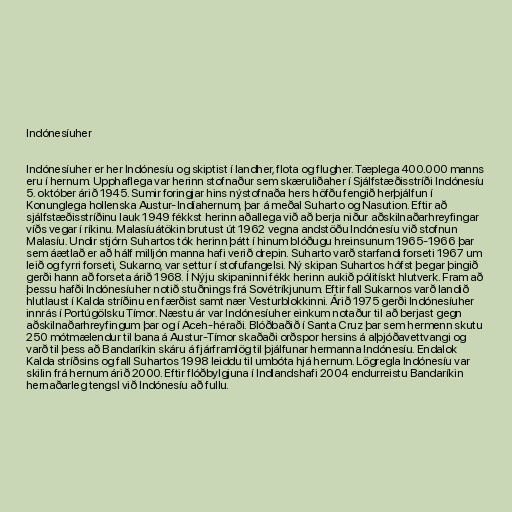
Indónesíuher

Indónesíuher er her Indónesíu og skiptist í landher, flota og flugher. Tæplega 400.000 manns
eru í hernum. Upphaflega var herinn stofnaður sem skæruliðaher í Sjálfstæðisstríði Indónesíu
5. október árið 1945. Sumir foringjar hins nýstofnaða hers höfðu fengið herþjálfun í
Konunglega hollenska Austur-Indíahernum, þar á meðal Suharto og Nasution. Eftir að
sjálfstæðisstríðinu lauk 1949 fékkst herinn aðallega við að berja niður aðskilnaðarhreyfingar
víðs vegar í ríkinu. Malasíuátökin brutust út 1962 vegna andstöðu Indónesíu við stofnun
Malasíu. Undir stjórn Suhartos tók herinn þátt í hinum blóðugu hreinsunum 1965-1966 þar
sem áætlað er að hálf milljón manna hafi verið drepin. Suharto varð starfandi forseti 1967 um
leið og fyrri forseti, Sukarno, var settur í stofufangelsi. Ný skipan Suhartos hófst þegar þingið
gerði hann að forseta árið 1968. Í Nýju skipaninni fékk herinn aukið pólitískt hlutverk. Fram að
þessu hafði Indónesíuher notið stuðnings frá Sovétríkjunum. Eftir fall Sukarnos varð landið
hlutlaust í Kalda stríðinu en færðist samt nær Vesturblokkinni. Árið 1975 gerði Indónesíuher
innrás í Portúgölsku Tímor. Næstu ár var Indónesíuher einkum notaður til að berjast gegn
aðskilnaðarhreyfingum þar og í Aceh-héraði. Blóðbaðið í Santa Cruz þar sem hermenn skutu
250 mótmælendur til bana á Austur-Tímor skaðaði orðspor hersins á alþjóðavettvangi og
varð til þess að Bandaríkin skáru á fjárframlög til þjálfunar hermanna Indónesíu. Endalok
Kalda stríðsins og fall Suhartos 1998 leiddu til umbóta hjá hernum. Lögregla Indónesíu var
skilin frá hernum árið 2000. Eftir flóðbylgjuna í Indlandshafi 2004 endurreistu Bandaríkin
hernaðarleg tengsl við Indónesíu að fullu.